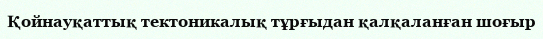
Қойнауқаттық тектоникалық тұрғыдан қалқаланған шоғыр